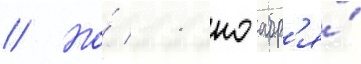
// Но́ 11 ноабр'я́